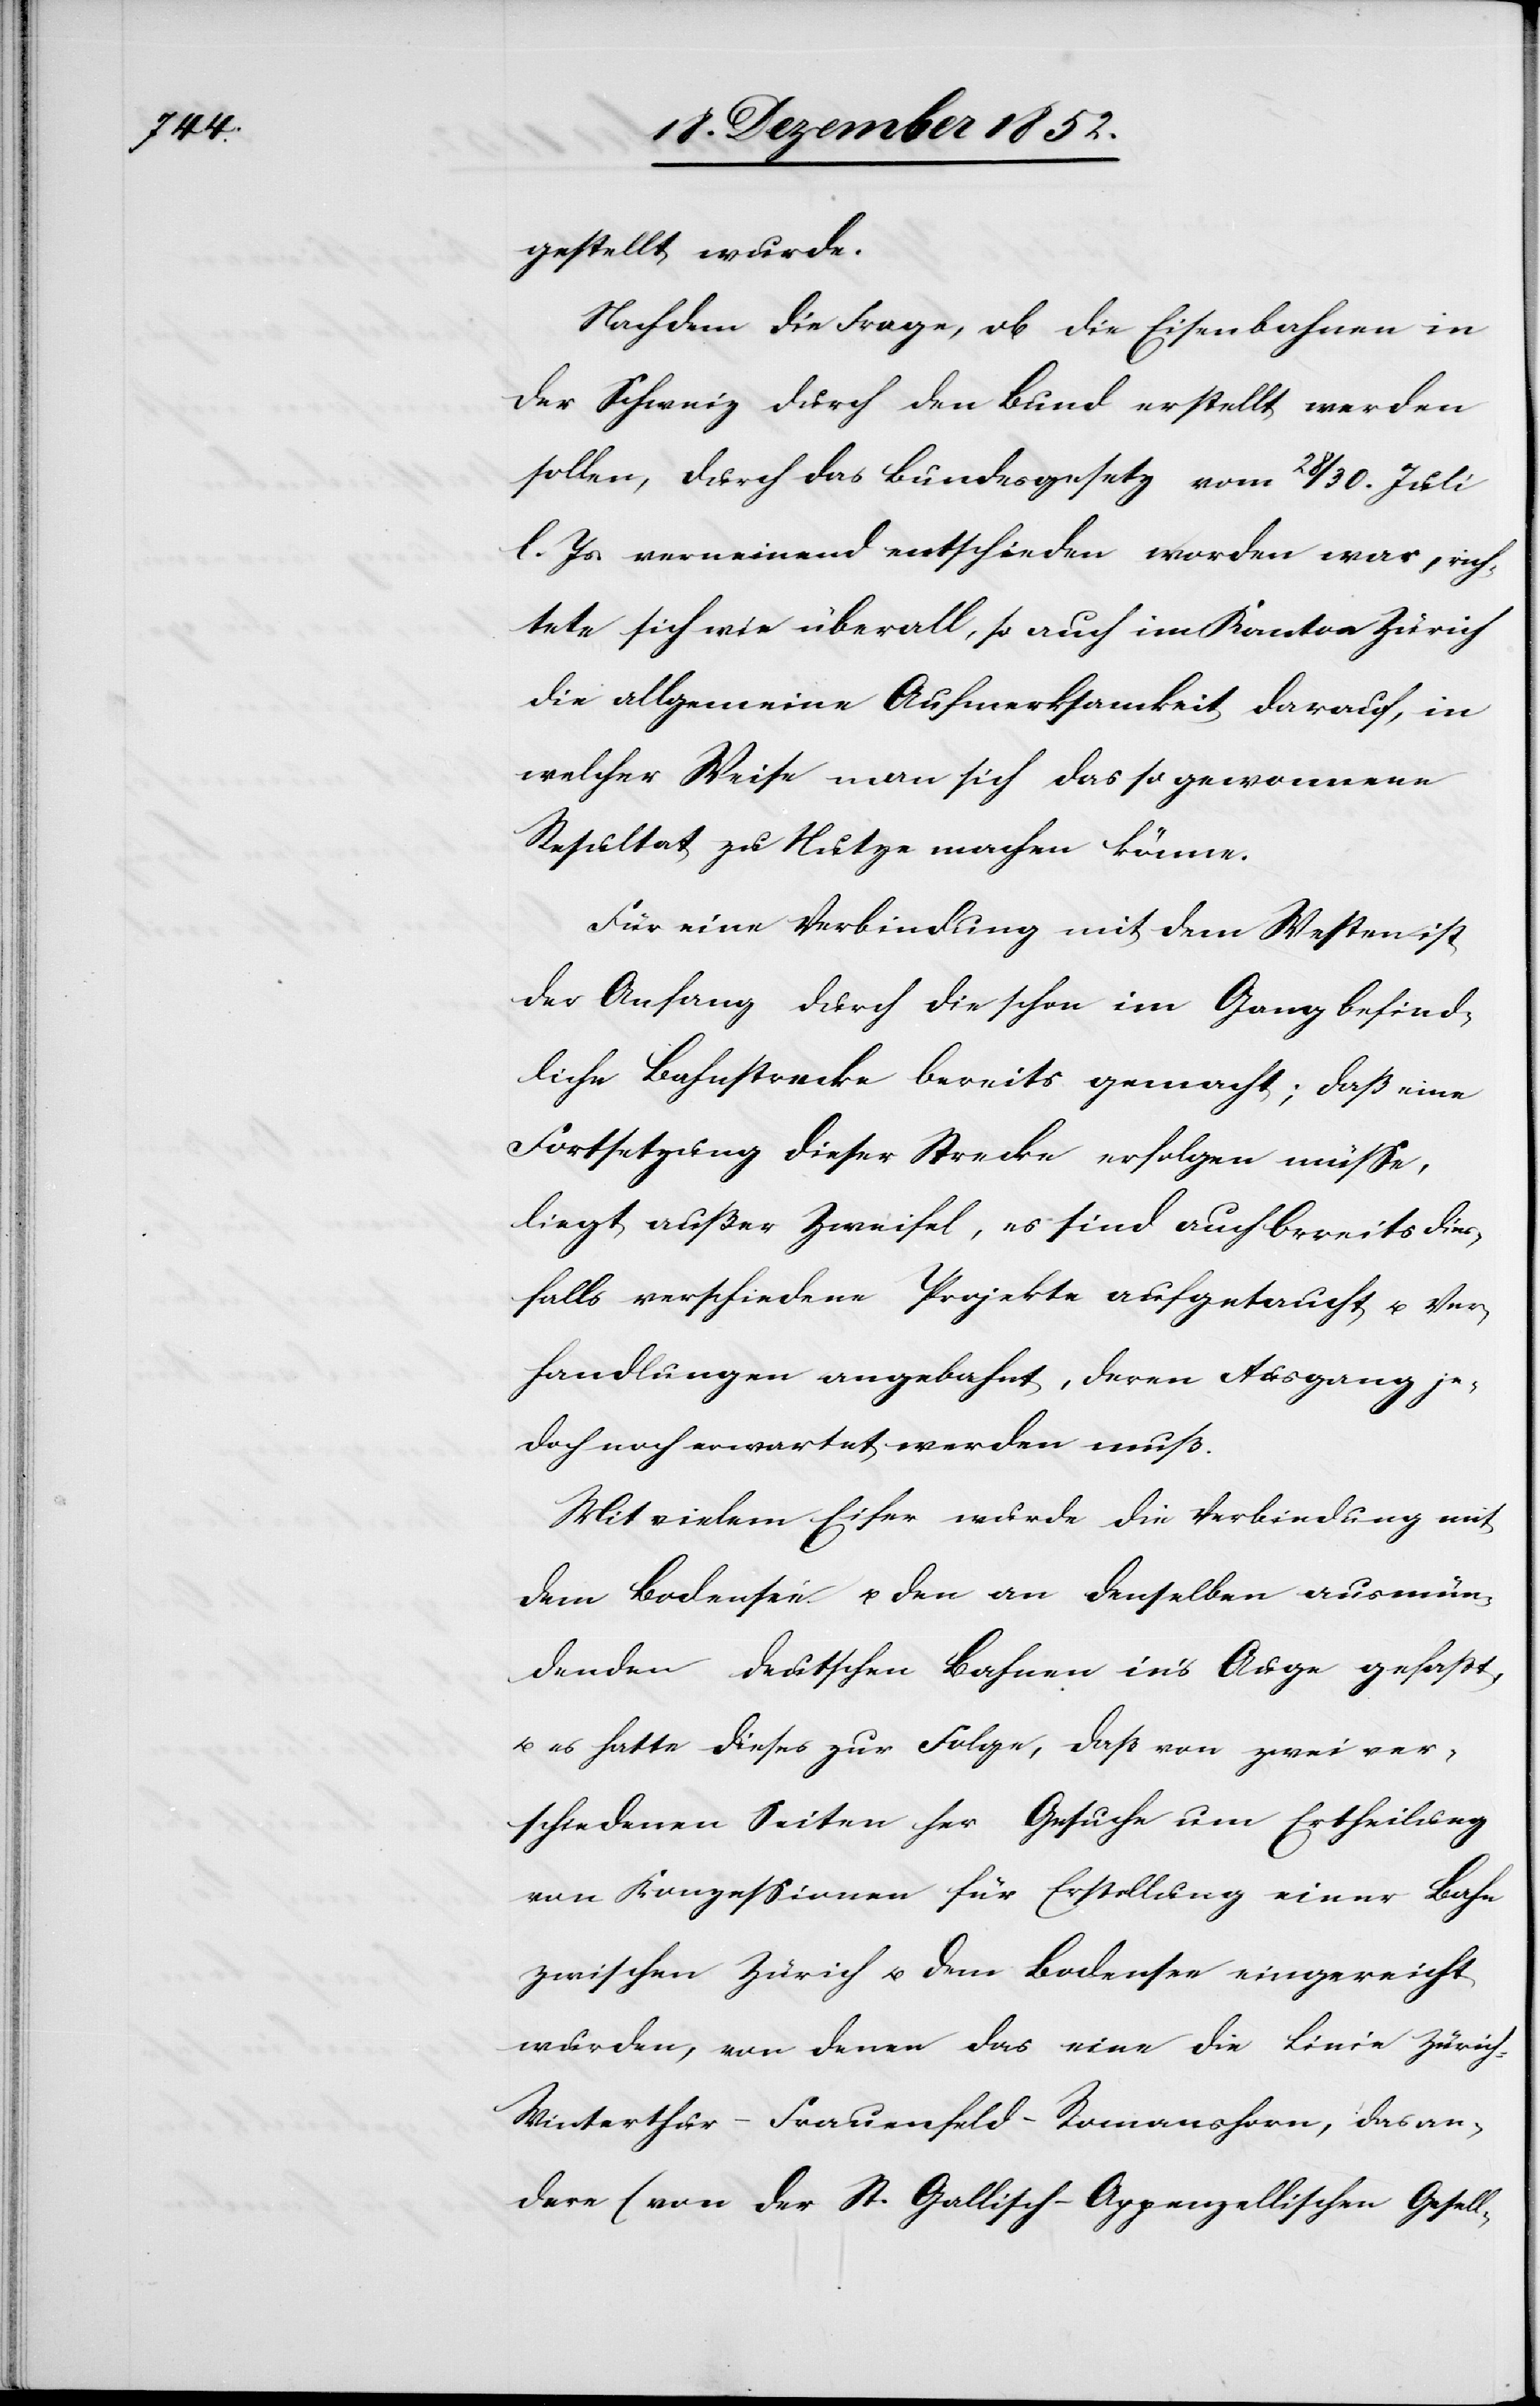
gestellt wurde.
Nachdem die Frage, ob die Eisenbahnen in
der Schweiz durch den Bund erstellt werden
sollen, durch das Bundesgesetz vom 28 / 30. Juli
l. Js. verneinend entschieden worden war, rich¬
tete sich wie überall, so auch im Kanton Zürich
die allgemeine Aufmerksamkeit darauf, in
welcher Weise man sich das so gewonnene
Resultat zu Nutze machen könne.
Für eine Verbindung mit dem Westen ist
der Anfang durch die schon im Gang befind¬
liche Bahnstrecke bereits gemacht; daß eine
Fortsetzung dieser Strecke erfolgen müsse,
liegt außer Zweifel, es sind auch bereits dies¬
falls verschiedene Projekte aufgetaucht u. Ver¬
handlungen angebahnt, deren Ausgang je¬
doch noch erwartet werden muß.
Mit vielem Eifer wurde die Verbindung mit
dem Bodensee u. den an denselben ausmün¬
denden deutschen Bahnen in’s Auge gefaßt,
u. es hatte dieses zur Folge, daß von zwei ver¬
schiedenen Seiten her Gesuche um Ertheilung
von Konzessionen für Erstellung einer Bahn
zwischen Zürich u. dem Bodensee eingereicht
wurden, von denen das eine die Linie Züric¬
h-Winterthur-Frauenfeld-Romanshorn, das an¬
dere (von der St. Gallisch-Appenzellischen Gesell-